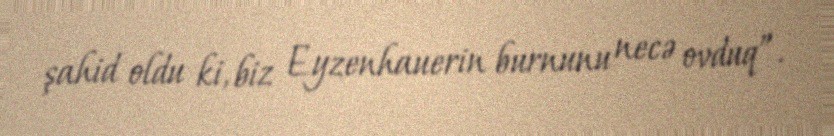
şahid oldu ki, biz Eyzenhauerin burnunu necə ovduq”.